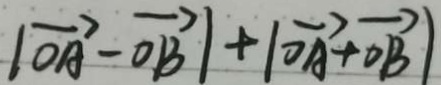
\vert \overrightarrow { O A } - \overrightarrow { O B } \vert + \vert \overrightarrow { O A } + \overrightarrow { O B } \vert